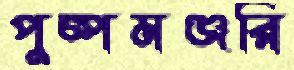
পুষ্পমঞ্জরি